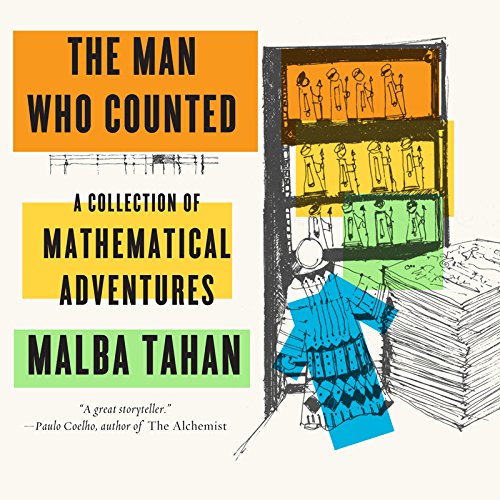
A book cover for The Man Who Counted: A Collection of Mathematical Adventures; Malba Tahan; Humor & Entertainment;